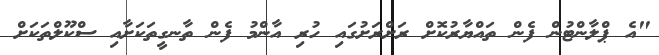
"އެ ޕްލާންޓުން ފެން ތައްޔާރުކޮށް ރަށްރަށުގައި ހުރި އާންމު ފެން ތާނގީތަކަށާއި ސްކޫލްތަކަށް